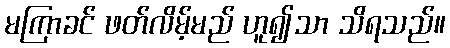
မကြာခင် ဖတ်လိမ့်မည် ဟူ၍သာ သိရသည်။